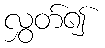
လွှတ်၍